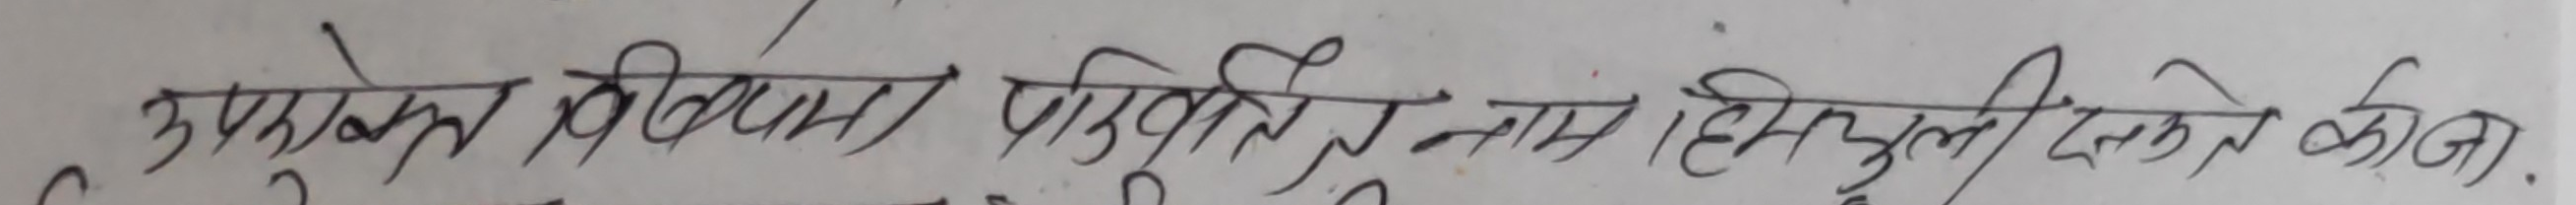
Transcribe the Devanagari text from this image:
३ उपरोक्त निवाज पुत्रवती नाम हिम्मतलाल लिखने को जी.